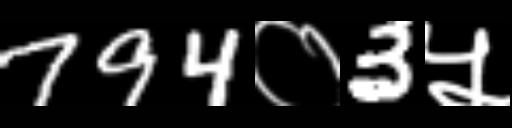
Text: 794०3५